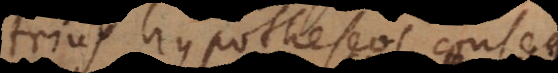
trius hypotheseos cons